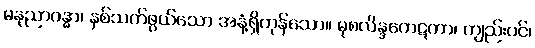
မနုညာဂန္ဓာ၊ နှစ်သက်ဖွယ်သော အနံ့ရှိကုန်သော။ မုစလိန္ဒကေဋကာ၊ ကျည်းပင်၊